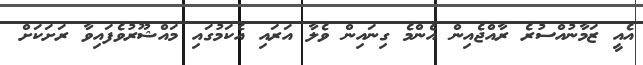
އެއީ ޒަމާނުއްސުރެ ރާއްޖެއިން އެންމެ ގިނައިން ވެލާ އަރައި އެކަމުގައި މައްޝޫރުވެފައިވާ ރަށަކަށް